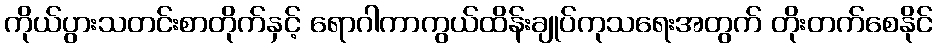
ကိုယ်ပွားသတင်းစာတိုက်နှင့် ရောဂါကာကွယ်ထိန်းချုပ်ကုသရေးအတွက် တိုးတက်စေနိုင်